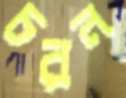
চরন